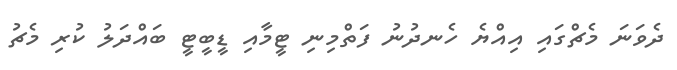
ދެވަނަ މެޗްގައި އިއްޔެ ހެނދުނު ފަތްމިނި ޓީމާއި ޑީބީޓީ ބައްދަލު ކުރި މެޗު